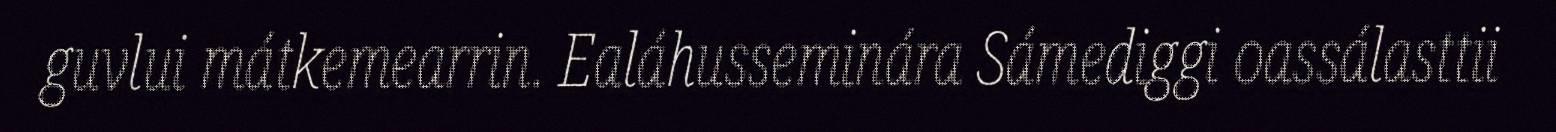
guvlui mátkemearrin. Ealáhusseminára Sámediggi oassálasttii